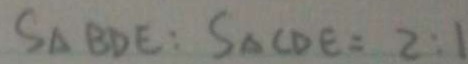
S _ { \Delta } B D E : S _ { \Delta } C D E = 2 : 1